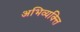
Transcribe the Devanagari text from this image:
अभिव्यक्त्ति